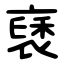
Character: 褎